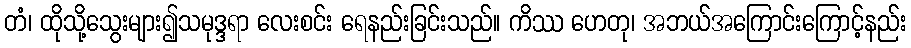
တံ၊ ထိုသို့သွေးများ၍သမုဒ္ဒရာ လေးစင်း ရေနည်းခြင်းသည်။ ကိဿ ဟေတု၊ အဘယ်အကြောင်းကြောင့်နည်း